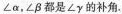
∠α，∠β都是∠γ的补角。